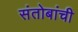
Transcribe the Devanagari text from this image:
संतोबांची